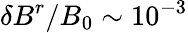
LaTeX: \delta B^{r}/B_{0}\sim 10^{-3}